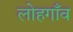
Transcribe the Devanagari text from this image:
लोहगाँव